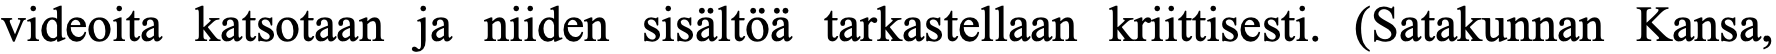
videoita katsotaan ja niiden sisältöä tarkastellaan kriittisesti. (Satakunnan Kansa,